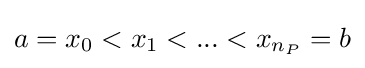
a=x_{0}<x_{1}<...<x_{n_{P}}=b